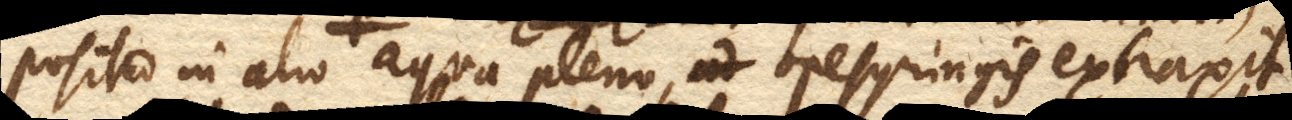
posito in alio aqua pleno, ope syringis extraxit,